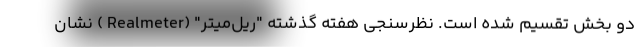
دو بخش تقسیم شده است. نظرسنجی هفته گذشته "ریل‌میتر" (Realmeter ) نشان